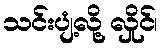
သင်းပျံ့လို့ လှိုင်၊